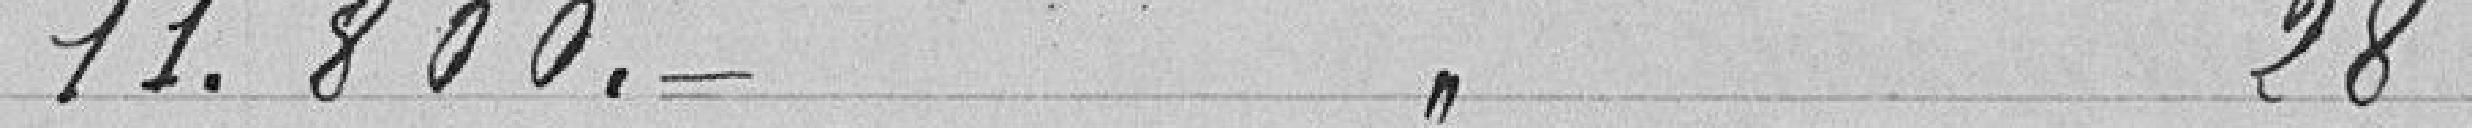
11.800 28